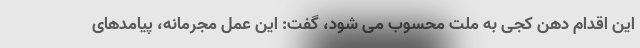
این اقدام دهن کجی به ملت محسوب می شود، گفت: این عمل مجرمانه، پیامدهای